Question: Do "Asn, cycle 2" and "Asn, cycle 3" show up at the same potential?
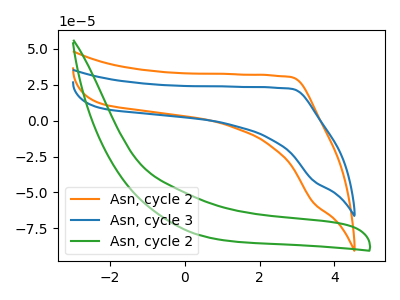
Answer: <think>The orange curve "Asn, cycle 2" has no peaks. The blue curve "Asn, cycle 3" has no peaks. The green curve "Asn, cycle 2" has no peaks.
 Neither "Asn, cycle 2" or "Asn, cycle 3" have any peaks.</think>
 <answer>"Asn, cycle 2" and "Asn, cycle 3" are similar in shape.</answer>
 <eval>same_shape</eval>